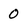
Character: 0